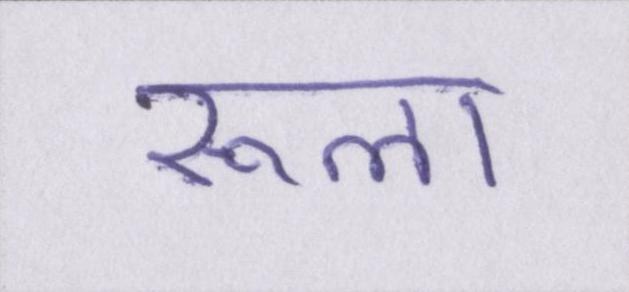
रूला